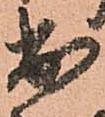
出